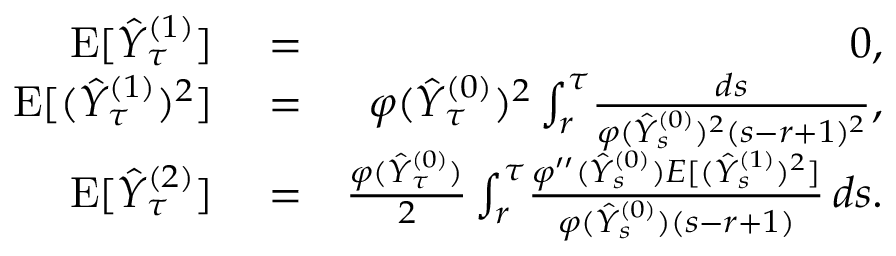
\begin{array} { r l r } { \mathrm { E } [ \hat { Y } _ { \tau } ^ { ( 1 ) } ] } & { { } = } & { 0 , } \\ { \mathrm { E } [ ( \hat { Y } _ { \tau } ^ { ( 1 ) } ) ^ { 2 } ] } & { { } = } & { \varphi ( \hat { Y } _ { \tau } ^ { ( 0 ) } ) ^ { 2 } \int _ { r } ^ { \tau } \! \frac { d s } { \varphi ( \hat { Y } _ { s } ^ { ( 0 ) } ) ^ { 2 } ( s - r + 1 ) ^ { 2 } } , } \\ { \mathrm { E } [ \hat { Y } _ { \tau } ^ { ( 2 ) } ] } & { { } = } & { \frac { \varphi ( \hat { Y } _ { \tau } ^ { ( 0 ) } ) } { 2 } \int _ { r } ^ { \tau } \! \frac { \varphi ^ { \prime \prime } ( \hat { Y } _ { s } ^ { ( 0 ) } ) E [ ( \hat { Y } _ { s } ^ { ( 1 ) } ) ^ { 2 } ] } { \varphi ( \hat { Y } _ { s } ^ { ( 0 ) } ) ( s - r + 1 ) } \, d s . } \end{array}